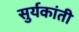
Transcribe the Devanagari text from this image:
सुर्यकांती